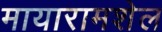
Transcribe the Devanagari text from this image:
मायारामशेल